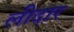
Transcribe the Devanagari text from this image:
लीदार